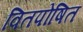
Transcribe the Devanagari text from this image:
वितपोषित